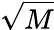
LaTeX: \sqrt{M}